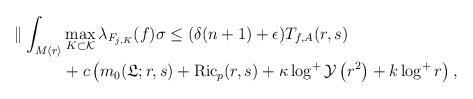
LaTeX: \begin{align*}\| \int_{M\langle r\rangle}&\max _{K \subset \mathcal{K}}\lambda_{F_{j,K}}(f)\sigma \le(\delta(n+1)+\epsilon)T_{f,A}(r,s)\\&+c\left(m_0(\mathfrak{L};r,s)+{\rm Ric}_{p}(r,s)+\kappa \log ^+ \mathcal{Y}\left(r^{2}\right)+k \log ^+ r\right),\end{align*}